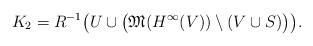
LaTeX: \begin{align*} K_2=R^{-1}\bigl(U\cup \bigl(\mathfrak M(H^\infty(V))\setminus (V\cup S)\bigr)\bigr). \end{align*}